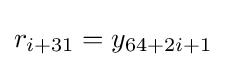
r_{i+31}=y_{64+2i+1}